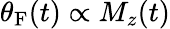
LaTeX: \theta_{\mathrm{F}}(t)\propto M_{z}(t)